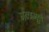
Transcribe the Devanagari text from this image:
मन्त्रमूलं